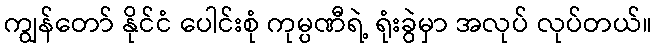
ကျွန်တော် နိုင်ငံ ပေါင်းစုံ ကုမ္ပဏီရဲ့ ရုံးခွဲမှာ အလုပ် လုပ်တယ်။